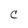
Character: C